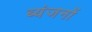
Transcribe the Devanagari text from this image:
ब्यंजनों